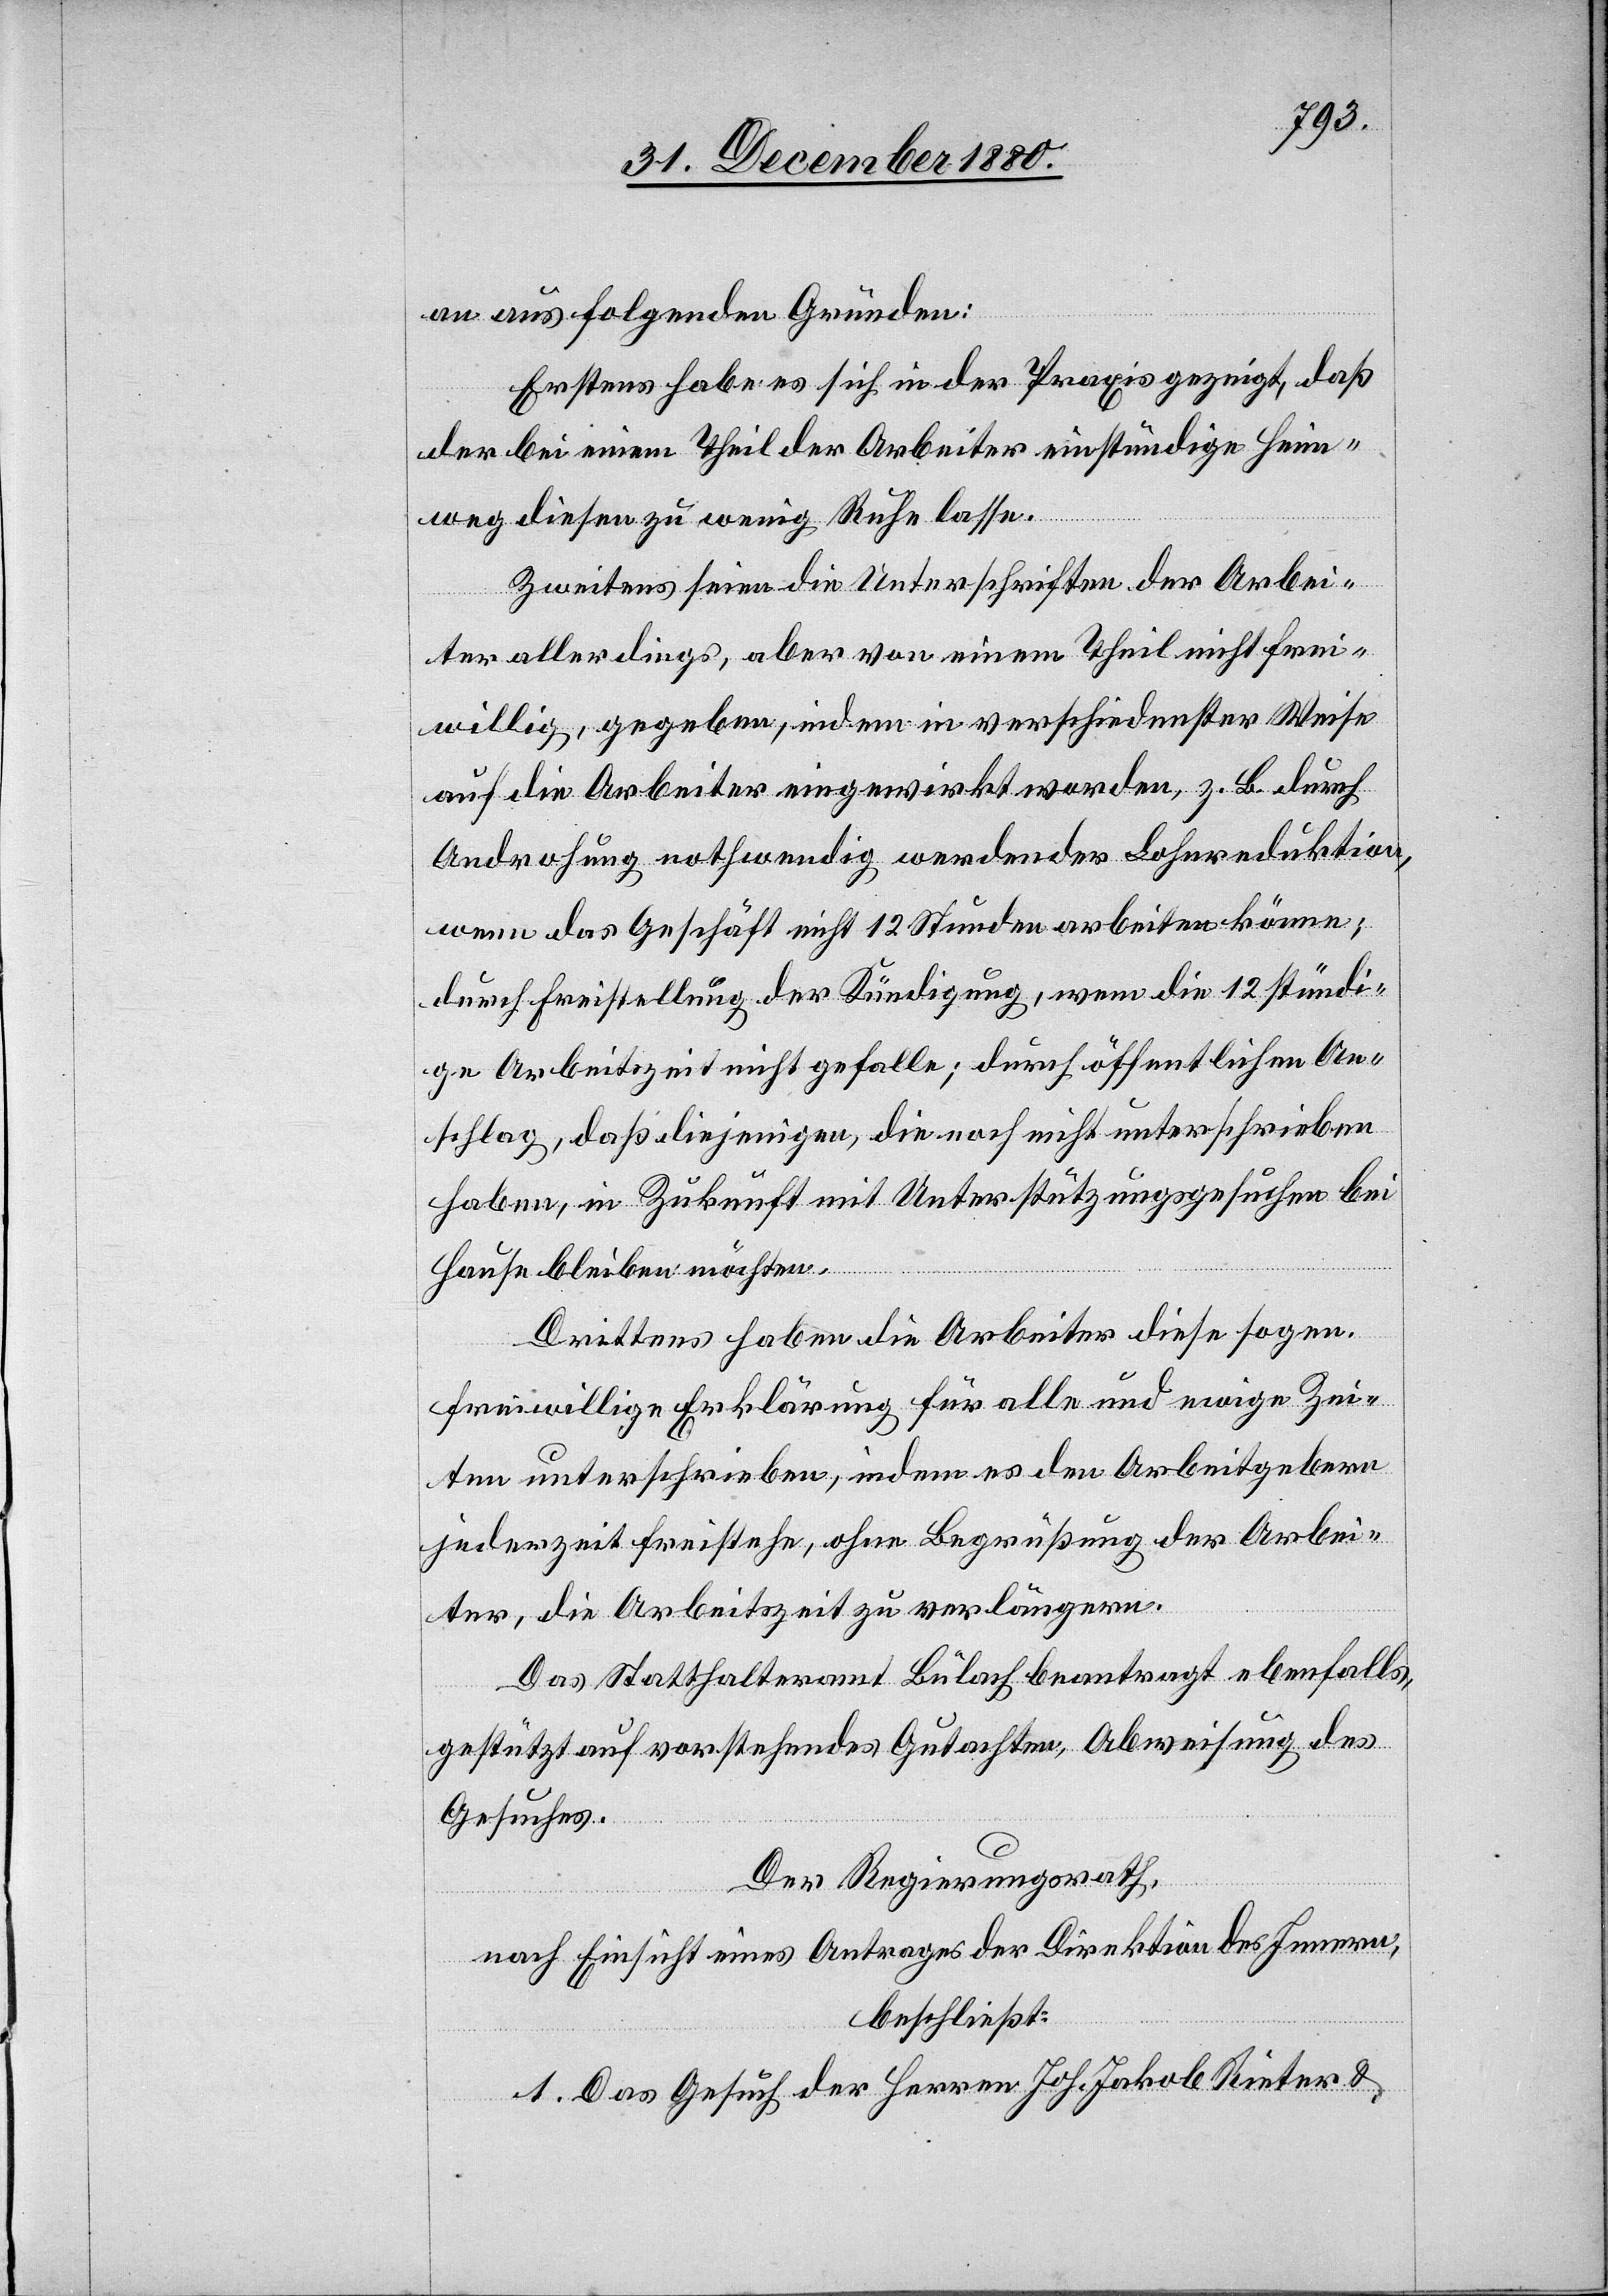
an aus folgenden Gründen:
Erstens habe es sich in der Praxis gezeigt, daß
der bei einem Theil der Arbeiter einstündige Heim¬
weg diesen zu wenig Ruhe lasse.
Zweitens seien die Unterschriften der Arbei¬
ter allerdings, aber von einem Theil nicht frei¬
willig, gegeben, indem in verschiedenster Weise
auf die Arbeiter eingewirkt worden, z. B. durch
Androhung nothwendig werdender Lohnreduktion,
wenn das Geschäft nicht 12 Stunden arbeiten könne;
durch Freistellung der Kündigung, wenn die 12stündi¬
ge Arbeitszeit nicht gefalle; durch öffentlichen An¬
schlag, daß diejenigen die noch nicht unterschrieben
haben, in Zukunft mit Unterstützungsgesuchen bei
Hause bleiben möchten.
Drittens haben die Arbeiter diese sogen.
freiwillige Erklärung für alle und ewige Zei¬
ten unterschrieben, indem es den Arbeitgebern
jederzeit freistehe, ohne Begrüßung der Arbei¬
ter, die Arbeitszeit zu verlängern.
Das Statthalteramt Bülach beantragt ebenfalls,
gestützt auf vorstehendes Gutachten, Abweisung des
Gesuches.
Der Regierungsrath,
nach Einsicht eines Antrages der Direktion des Innern,
beschließt:
1. Das Gesuch der Herren Joh. Jakob Rieter &